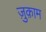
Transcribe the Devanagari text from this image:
ज़ुक़ाम